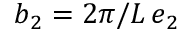
\boldsymbol b _ { 2 } = 2 \pi / L \, \boldsymbol e _ { 2 }